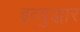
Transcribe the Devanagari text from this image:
इत्युद्धार